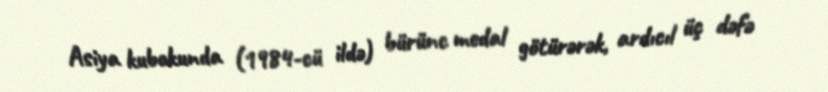
Asiya kubokunda (1984-cü ildə) bürünc medal götürərək, ardıcıl üç dəfə